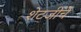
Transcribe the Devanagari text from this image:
शेटजींचे